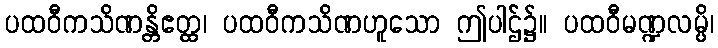
ပထဝီကသိဏန္တိဧတ္ထ၊ ပထဝီကသိဏဟူသော ဤပါဌ်၌။ ပထဝီမဏ္ဍလမ္ပိ၊